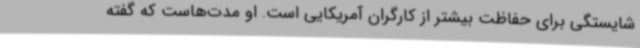
شایستگی برای حفاظت بیشتر از کارگران آمریکایی است. او مدت‌هاست که گفته